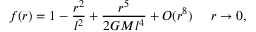
f ( r ) = 1 - \frac { r ^ { 2 } } { l ^ { 2 } } + \frac { r ^ { 5 } } { 2 G M l ^ { 4 } } + { \cal O } ( r ^ { 8 } ) ~ ~ ~ ~ r \rightarrow 0 ,